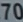
70